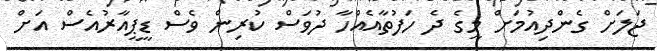
ޖަލަށް ގެންދިއުމަށް މީގެ ދެ ހަފުތާއެއްހާ ދުވަސް ކުރިން ވެސް ޑީޕީއާރުއެސް އަށް